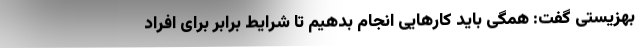
بهزیستی گفت: همگی باید کارهایی انجام بدهیم تا شرایط برابر برای افراد